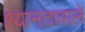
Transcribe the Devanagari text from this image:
श्यानतावाले